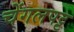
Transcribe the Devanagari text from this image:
चेंगलपट्ट